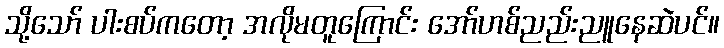
သို့သော် ပါးစပ်ကတော့ အလိုမတူကြောင်း အော်ဟစ်ညည်းညူနေဆဲပင်။